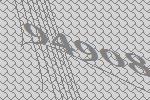
94908